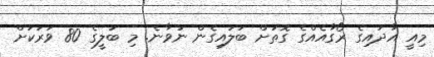
މިއީ އާދައިގެ ރޯގާއެއްގެ ގޮތަށް ބަލައިގެން ނުވާނެ. މި ބަލީގެ 80 ވަރަކަށް